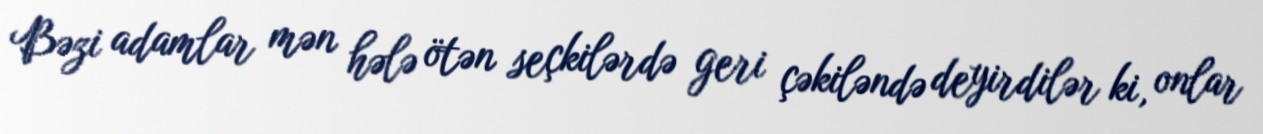
Bəzi adamlar mən hələ ötən seçkilərdə geri çəkiləndə deyirdilər ki, onlar